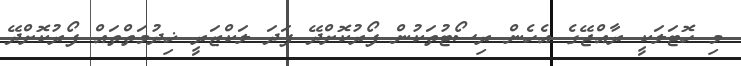
މި ހޮޓަލަކީ ރާއްޖޭގެ އެހެން ރިސޯޓުތަކުން ފޯރުކޮށްދޭ ފަދަ ލަކްޒަރީ ޚިދުމަތްތައް ފޯރުކޮށްދޭ